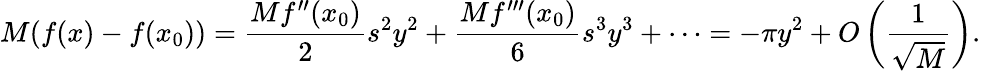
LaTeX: M(f(x)-f(x_{0}))={\frac{Mf^{\prime\prime}(x_{0})}{2}}s^{2}y^{2}+{\frac{Mf^{\prime\prime\prime}(x_{0})}{6}}s^{3}y^{3}+\cdots=-\pi y^{2}+O\left({\frac{1}{\sqrt{M}}}\right).